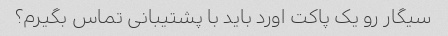
سیگار رو یک پاکت اورد باید با پشتیبانی تماس بگیرم؟